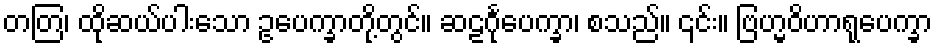
တတြ၊ ထိုဆယ်ပါးသော ဥပေက္ခာတို့တွင်။ ဆဠင်္ဂုပေက္ခာ၊ စသည်။ ၎င်း။ ဗြဟ္မဝိဟာရုပေက္ခာ